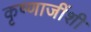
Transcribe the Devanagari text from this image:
कृष्णाजींशी